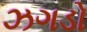
ઝગડો